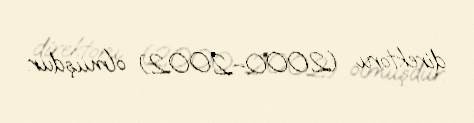
direktoru (2000–2002) olmuşdur.